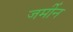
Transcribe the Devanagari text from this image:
जर्मीन